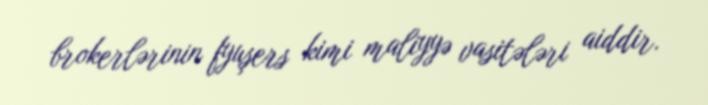
brokerlərinin fyuşers kimi maliyyə vasitələri aiddir.